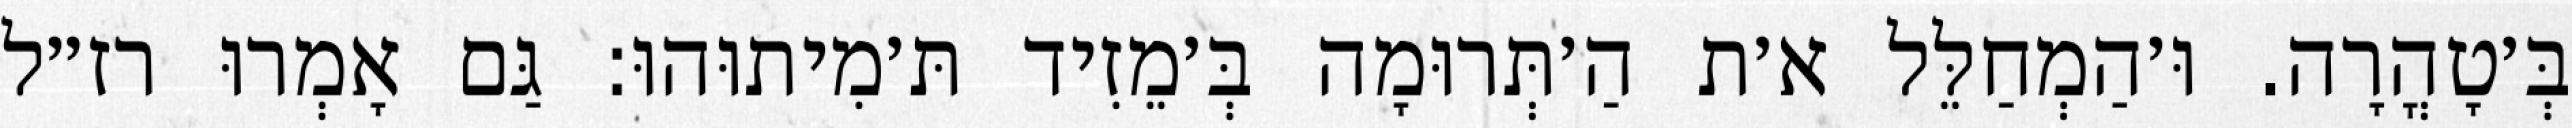
בְּ׳טָהֳרָה. וּ׳הַמְחַלֵּל א׳ת הַ׳תְּרוּמָה בְּ׳מֵזִיד תּ׳מִיתוּהוּ: גַּם אָמְרוּ רז״ל